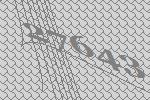
27643